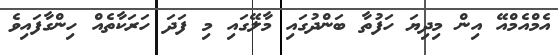
އެމްއެމްއޭ އިން މިދިޔަ ހަފުތާ ބަންދުގައި މާލޭގައި މި ފަދަ ހަރަކާތެއް ހިންގާފައިވެ